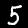
Digit: 5